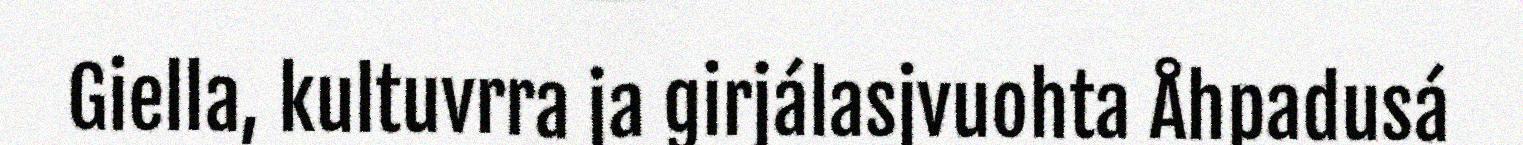
Giella, kultuvrra ja girjálasjvuohta Åhpadusá